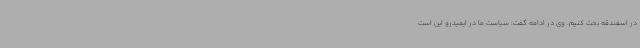
در اسفندقه بحث کنیم. وی در ادامه گفت: سیاست ما در ایمیدرو این است